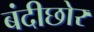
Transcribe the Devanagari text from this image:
बंदीछोर